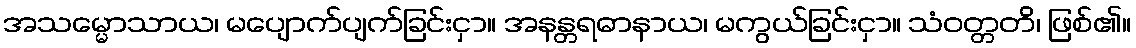
အသမ္မောသာယ၊ မပျောက်ပျက်ခြင်းငှာ။ အနန္တရဓာနာယ၊ မကွယ်ခြင်းငှာ။ သံဝတ္တတိ၊ ဖြစ်၏။